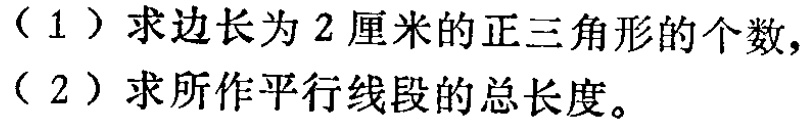
（1）求边长为2厘米的正三角形的个数，

（2）求所作平行线段的总长度。